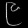
Digit: ၉